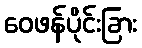
ဝေဖန်ပိုင်းခြား